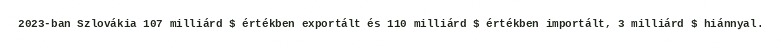
2023-ban Szlovákia 107 milliárd $ értékben exportált és 110 milliárd $ értékben importált, 3 milliárd $ hiánnyal.